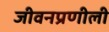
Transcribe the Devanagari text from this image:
जीवनप्रणीली